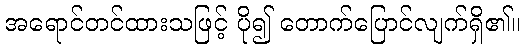
အရောင်တင်ထားသဖြင့် ပို၍ တောက်ပြောင်လျက်ရှိ၏။